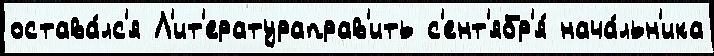
остава́лс'я Л'ит'ератураправ'ить с'ент'ябр'я́ нача́льн'ика